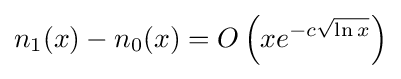
n_{1}(x)-n_{0}(x)=O\left(xe^{-c{\sqrt {\ln x}}}\right)